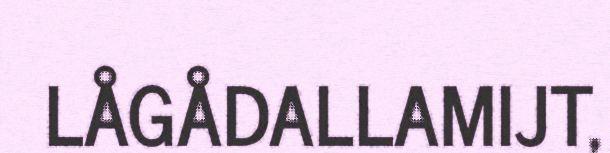
LÅGÅDALLAMIJT,